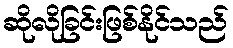
ဆိုလိုခြင်းဖြစ်နိုင်သည်